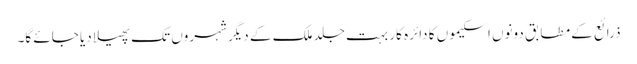
ذرائع کے مطابق دونوں اسکیموں کا دائرہ کار بہت جلد ملک کے دیگر شہروں تک پھیلا دیا جائے گا۔